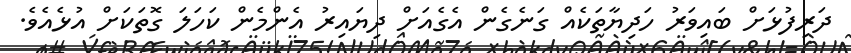
ދަރިފުޅަށް ބައިވަރު ހަދިޔާތަކެއް ގަނެގެން އެގެއަށް ދިޔައިރު އެންމެން ކަހަލަ ގޮތަކަށް އުޅެއެވެ.